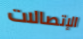
الإتصالات